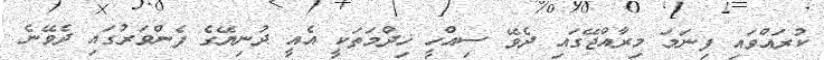
ކުރައްވައި ފިނަމަ މިރާއްޖޭގައި ދެވޭ ސިއްހީ ޚިދްމަތަކީ އެއީ ދުނިޔޭގެ ފެންވަރުގައި ދެވޭނެ